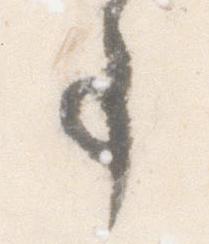
事